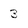
Character: 3